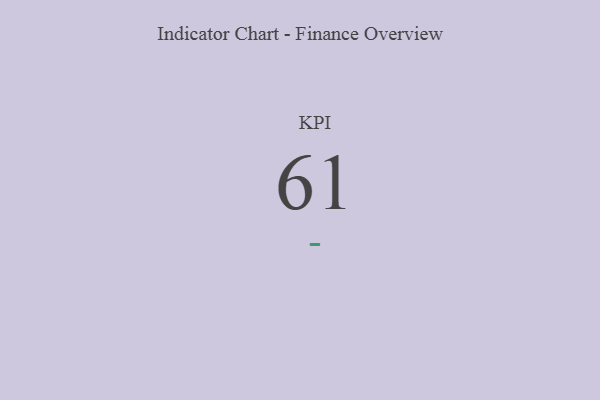
{"axis": {"x": "KPI", "y": "Value"}, "legend": [""], "data": [{"x": "KPI", "y": 61, "type": ""}]}